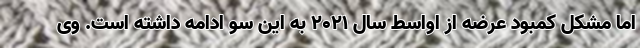
اما مشکل کمبود عرضه از اواسط سال ۲۰۲۱ به این سو ادامه داشته است. وی